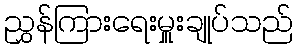
ညွှန်ကြားရေးမှူးချုပ်သည်